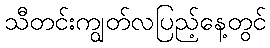
သီတင်းကျွတ်လပြည့်နေ့တွင်